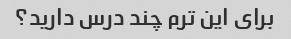
برای این ترم چند درس دارید؟